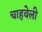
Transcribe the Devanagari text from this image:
चाहवेली